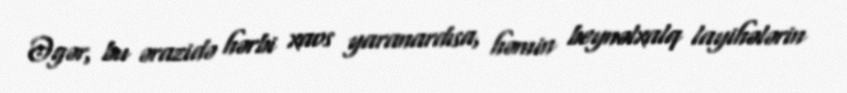
Əgər, bu ərazidə hərbi xaos yaranardısa, həmin beynəlxalq layihələrin